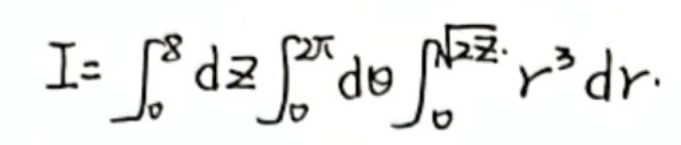
\[
I = \int_{0}^{8} dz \int_{0}^{2\pi} d\theta \int_{0}^{\sqrt{2z}} r^{3} dr
\]